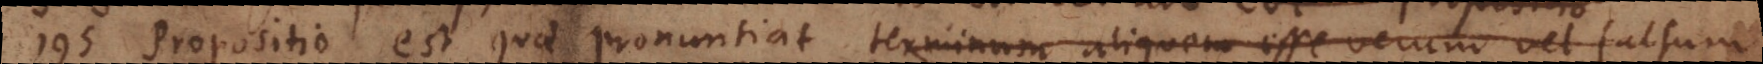
195) Propositio est quae pronuntiat terminum aliquem esse verum vel falsum